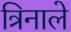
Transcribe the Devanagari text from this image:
त्रिनाले